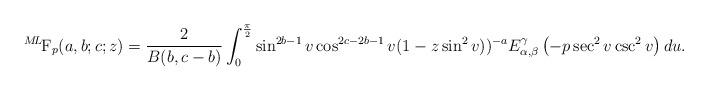
LaTeX: \begin{align*} {}^{M\!L\!}\textrm{F}_{p}(a,b;c;z)= \frac{2}{B(b,c-b)} \int_{0}^{\frac{\pi}{2}}\sin^{2b-1}v&\cos^{2c-2b-1}v(1-z\sin^{2}v))^{-a} E_{\alpha, \beta}^{\gamma}\left(-p\sec^{2}v\csc^{2}v\right)du.&\end{align*}